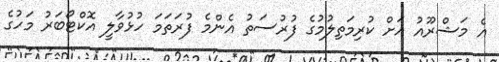
އެ މަޝްރޫއު އަށް ކުރިމަތިލުމުގެ ފުރުސަތު އެންމެ ފުރަތަމަ ހުޅުވާލީ އޮކްޓޯބަރު މަހުގެ